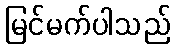
မြင်မက်ပါသည်